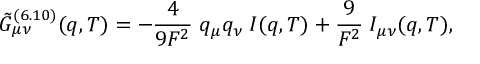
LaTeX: \tilde { G } _ { \mu \nu } ^ { ( 6 . 1 0 ) } ( q , T ) = - \frac { 4 } { 9 F ^ { 2 } } \; q _ { \mu } q _ { \nu } \; I ( q , T ) + \frac { 9 } { F ^ { 2 } } \; I _ { \mu \nu } ( q , T ) ,